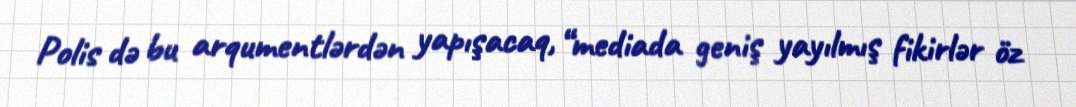
Polis də bu arqumentlərdən yapışacaq, “mediada geniş yayılmış fikirlər öz